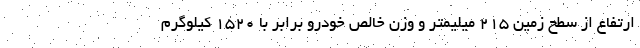
ارتفاع از سطح زمین 215 میلیمتر و وزن خالص خودرو برابر با 1520 کیلوگرم